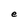
Character: e